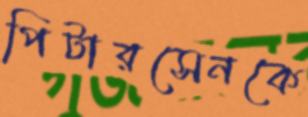
পিটারসেনকে